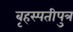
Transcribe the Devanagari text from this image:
बृहस्पतीपुत्र